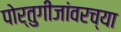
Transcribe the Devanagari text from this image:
पोर्तुगीजांवरच्या